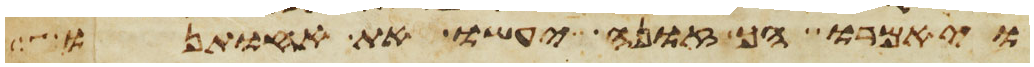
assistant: ויאמרו הך זונה יעשו את אחותנו